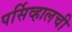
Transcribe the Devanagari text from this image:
पर्सिव्हालची